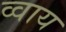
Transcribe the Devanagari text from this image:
व्वाय